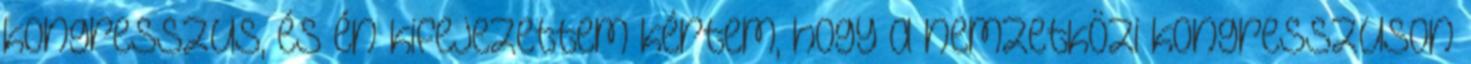
kongresszus, és én kifejezettem kértem, hogy a nemzetközi kongresszuson